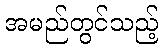
အမည်တွင်သည့်